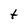
Character: t